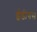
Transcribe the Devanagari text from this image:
ईडीगस